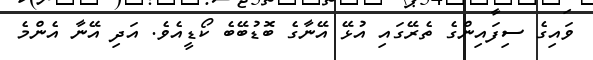
ވައިގެ ސިފައިންގެ ތެރޭގައި އުޅޭ އޭނާގެ ބޮޑުބޭބެ ކޯޑީއެވެ. އަދި އޭނާ އެންމެ